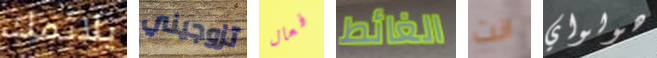
يلائمك تزوجيني فعال الغائط انت هولواي